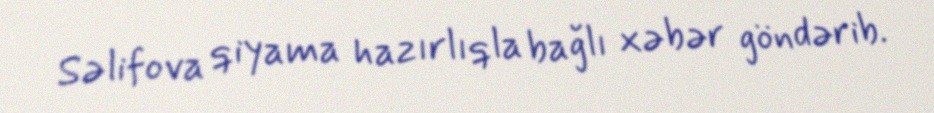
Səlifova qiyama hazırlıqla bağlı xəbər göndərib.